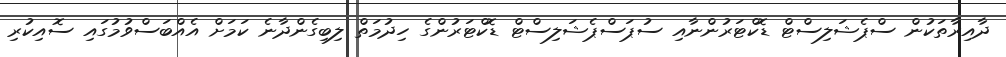
ދާއިރާތަކުން ސްޕެޝަލިސްޓް ޑޮކްޓަރުންނާއި ސުޕަސްޕެޝަލިސްޓް ޑޮކްޓަރުންގެ ހިދުމަތް ލިބިގެންދާނެ ކަމަށް އެއްބަސްވުމުގައި ސޮއިކުރި